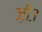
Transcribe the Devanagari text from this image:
ज़ी३